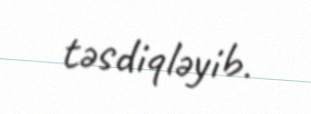
təsdiqləyib.